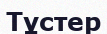
Тұстер